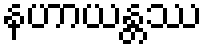
နဟာယန္တဿ